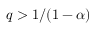
q > 1 / ( 1 - \alpha )